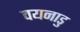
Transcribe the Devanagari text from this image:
वयनाडु